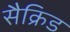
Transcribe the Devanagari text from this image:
सैक्रिड